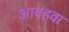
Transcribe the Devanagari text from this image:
आवहवा